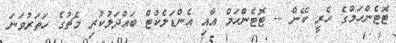
ޓޮޓެންހަމްގެ ހެރީ ކޭން -- ޓޮޓެންހަމް އާއި އެންޑަލެކްޓް ބައްދަލުކުރި މެޗުގެ ހަތަރުވަނަ